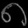
Digit: ၈